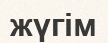
жүгім